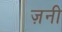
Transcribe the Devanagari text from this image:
ज़नी